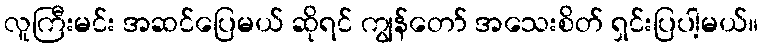
လူကြီးမင်း အဆင်ပြေမယ် ဆိုရင် ကျွန်တော် အသေးစိတ် ရှင်းပြပါ့မယ်။